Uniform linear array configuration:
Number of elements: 4
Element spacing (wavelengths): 1
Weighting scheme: hamming
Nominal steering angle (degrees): -60
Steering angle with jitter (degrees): -61.558
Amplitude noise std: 0.05
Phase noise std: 0.05

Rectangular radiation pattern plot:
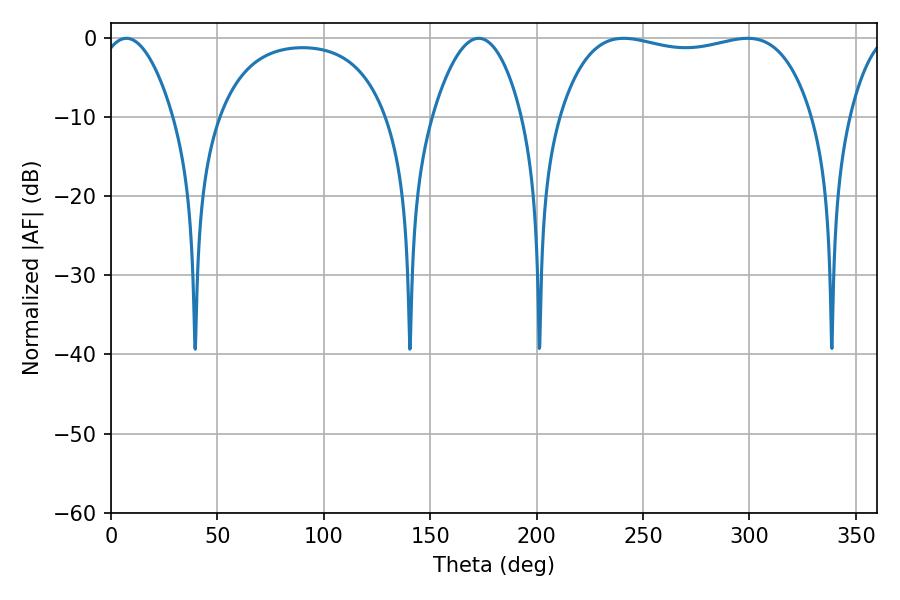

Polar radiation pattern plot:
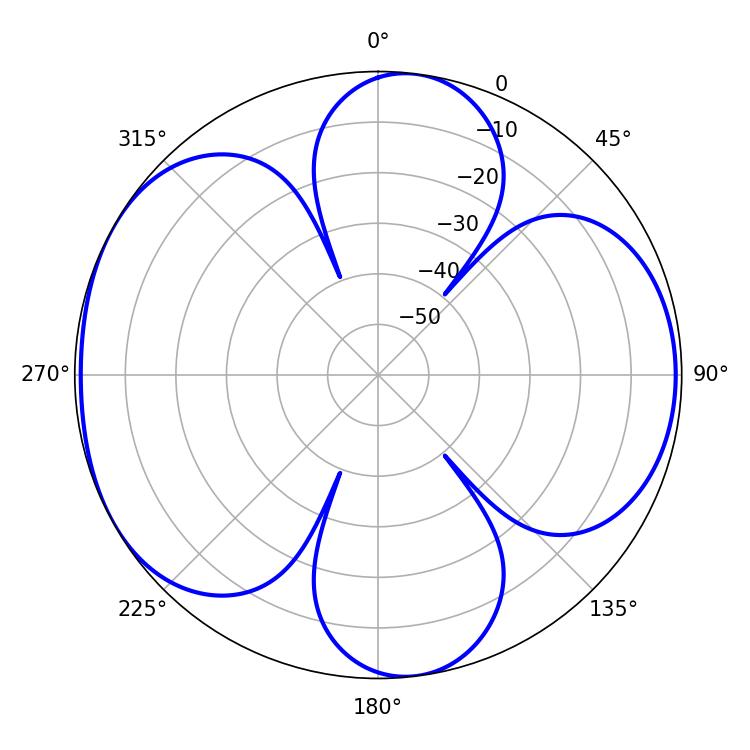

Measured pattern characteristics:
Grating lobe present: TRUE
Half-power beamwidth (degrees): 19.08
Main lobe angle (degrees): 7.2